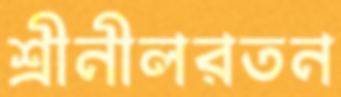
শ্রীনীলরতন